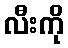
လီးကို